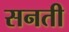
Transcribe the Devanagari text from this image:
सनती